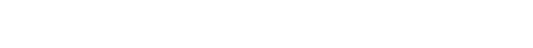
လွန်ပြီးလသော်။ ယာဝတာယုကံ၊ အသက်ရှည်သမျှ ကာလပတ်လုံး။ ဘဝင်္ဂံ၊ ဘဝင်သည်။